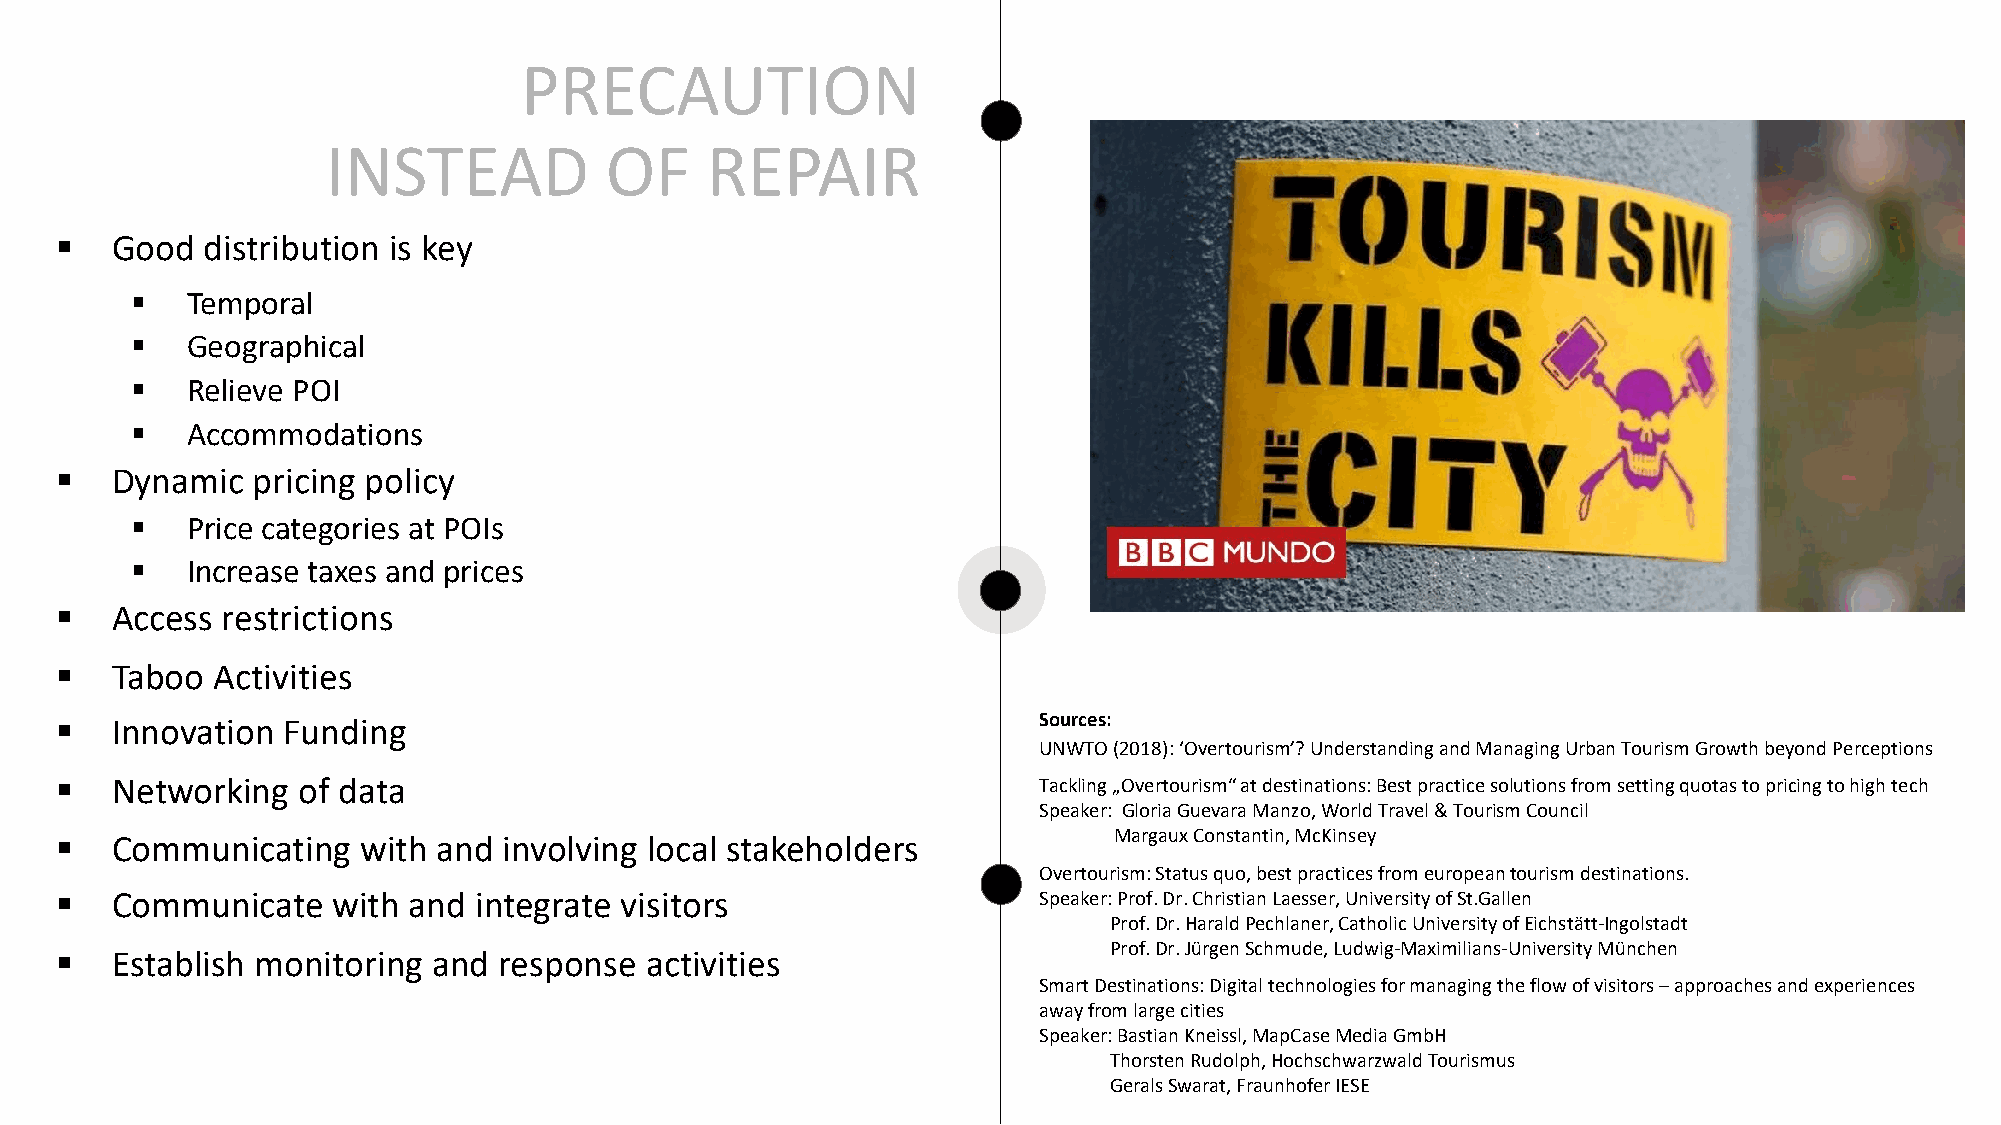
PRECAUTION
 INSTEAD           OF     REPAIR
 §  Good   distribution is key
 §  Temporal
 §  Geographical
 §  Relieve POI
 §  Accommodations
 §  Dynamic   pricing policy
 §  Price categories at POIs
 §  Increase taxes and prices
 §  Access  restrictions
 §  Taboo  Activities
 §  Innovation  Funding                                           Sources:
 UNWTO (2018): ‘Overtourism’? Understanding and Managing Urban Tourism Growth beyond Perceptions
 §  Networking   of data                                          Tackling „Overtourism“ at destinations: Best practice solutions from setting quotas to pricing to high tech
 Speaker: Gloria Guevara Manzo, World Travel & Tourism Council
 §  Communicating    with and involving local stakeholders             Margaux Constantin, McKinsey
 Overtourism: Status quo, best practices from europeantourism destinations.
 §  Communicate    with and integrate visitors                    Speaker:Prof. Dr.Christian Laesser, University of St.Gallen
 Prof. Dr.Harald Pechlaner, Catholic University of Eichstätt-Ingolstadt
 Prof. Dr.Jürgen Schmude, Ludwig-Maximilians-University München
 §  Establish monitoring  and response  activities
 Smart Destinations: Digital technologies for managing the flow of visitors –approaches and experiences
 away from large cities
 Speaker:Bastian Kneissl, MapCaseMedia GmbH
 Thorsten Rudolph, HochschwarzwaldTourismus
 GeralsSwarat, Fraunhofer IESE